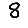
Digit: 8